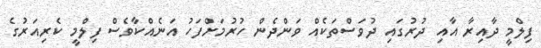
ފިލްމީ ދާއިރާ އާއި ދުރުގައި ދުވަސްތަކެއް ވަންދެން ހުރުމަށްފަހު އަނެއްކާވެސް ފިލްމީ ކެރިއަރުގެ